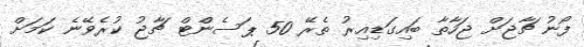
ފޯނު ޗާޖަށް ޖަހާތާ ބައިގަޑިއިރު ތެރޭ 50 ޕަސެންޓް ޗާޖު ކުރެވޭނެ ކަމަށް